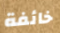
خائفة